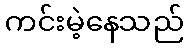
ကင်းမဲ့နေသည်